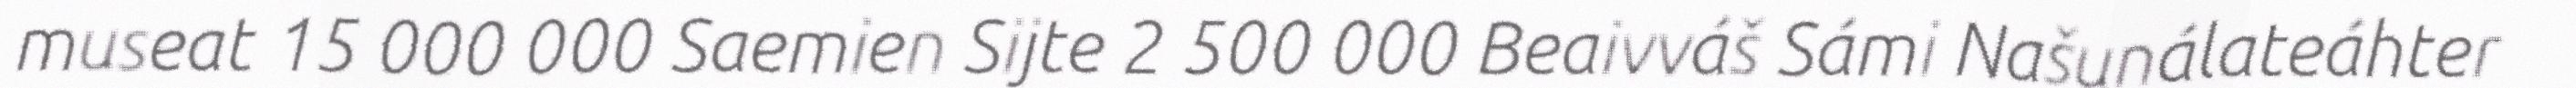
museat 15 000 000 Saemien Sijte 2 500 000 Beaivváš Sámi Našunálateáhter